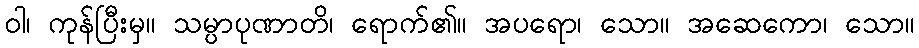
ဝါ၊ ကုန်ပြီးမှ။ သမ္ပာပုဏာတိ၊ ရောက်၏။ အပရော၊ သော။ အဆေကော၊ သော။